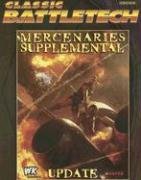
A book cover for Cbt Mercenaries Supplemental Update (Classic Battletech FPR35028); FanPro; Science Fiction & Fantasy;